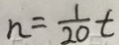
n = \frac { 1 } { 2 0 } t